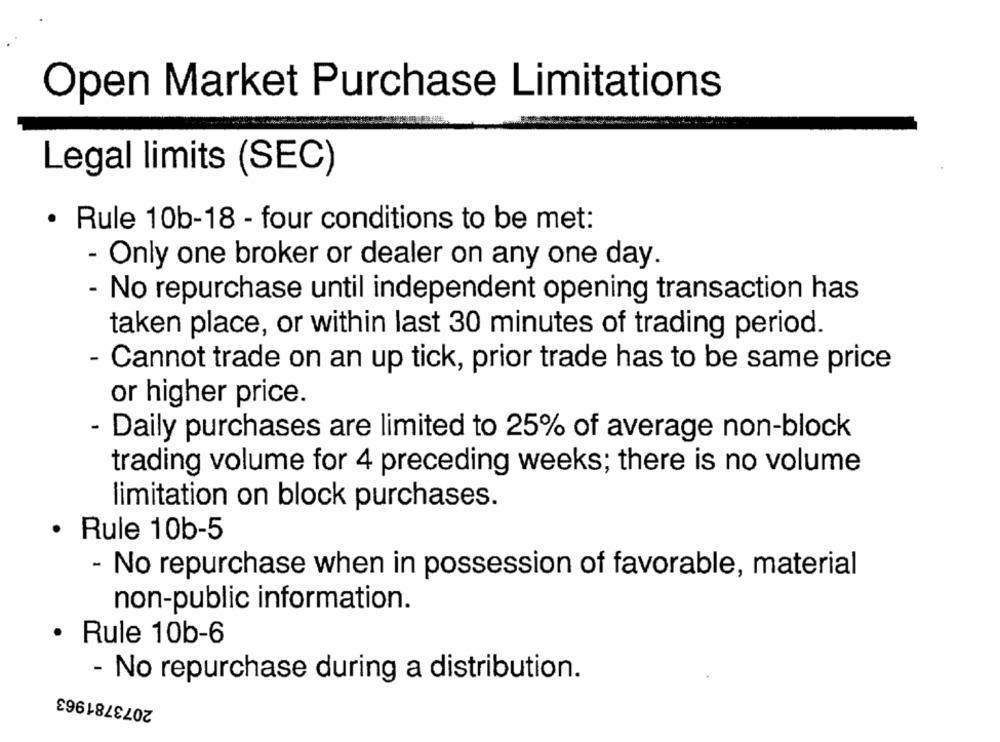
Open Market Purchase Limitations
Legal limits (SEC)
· Rule 10b-18 - four conditions to be met:
- Only one broker or dealer on any one day.
- No repurchase until independent opening transaction has
taken place, or within last 30 minutes of trading period.
- Cannot trade on an up tick, prior trade has to be same price
or higher price.
- Daily purchases are limited to 25% of average non-block
trading volume for 4 preceding weeks; there is no volume
limitation on block purchases.
· Rule 10b-5
- No repurchase when in possession of favorable, material
non-public information.
· Rule 10b-6
- No repurchase during a distribution.
2073781963